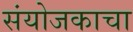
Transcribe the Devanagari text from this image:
संयोजकाचा